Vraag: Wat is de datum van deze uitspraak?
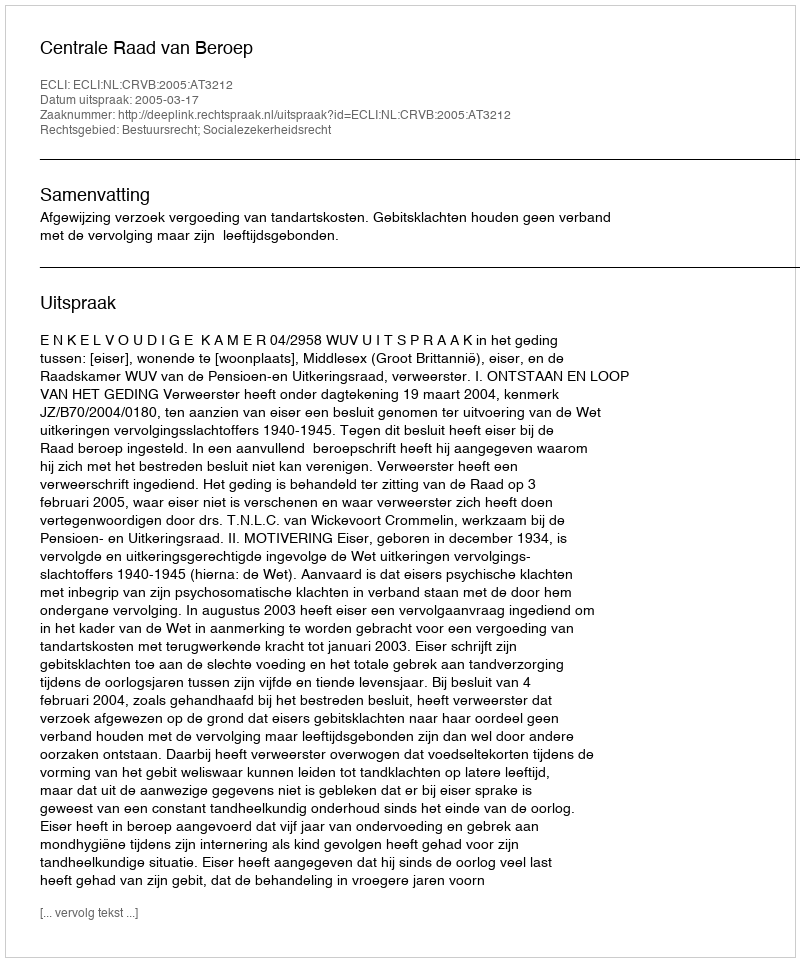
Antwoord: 2005-03-17